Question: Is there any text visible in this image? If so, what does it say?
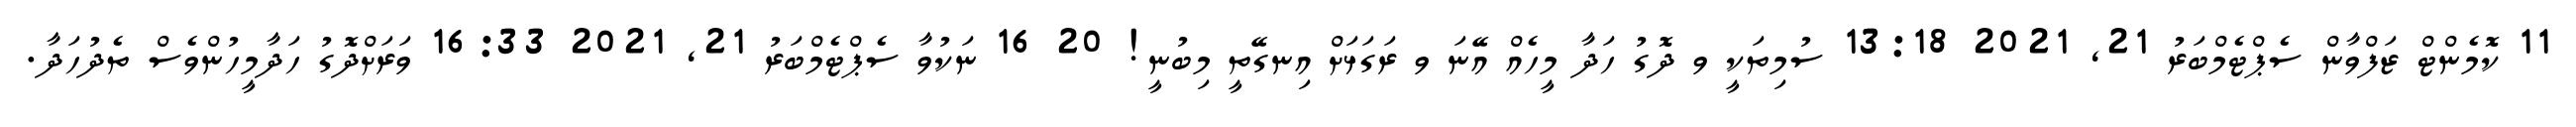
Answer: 11 ކޮމެންޓް ޒަފްވާން ސެޕްޓެމްބަރު 21, 2021 13:18 ސުމިތަކީ ވ ދޮގު ހަދާ މީހެއް އޭނަ ވ ރަގަޅަށް އިނގޭތީ މިބުނީ! 20 16 ނަކުވާ ސެޕްޓެމްބަރު 21, 2021 16:33 ވަރަށްދޮގު ހަދާމީހުންވެސް ތެދުހަދާ.